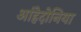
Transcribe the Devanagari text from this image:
आंहेदोनिया